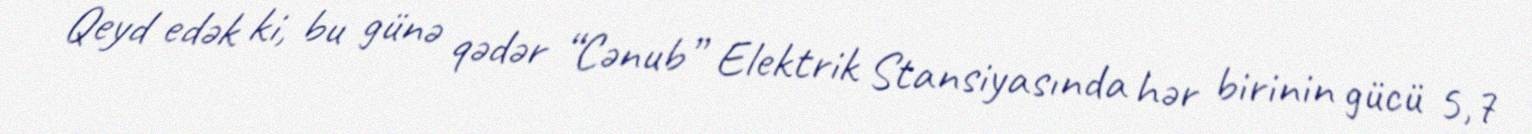
Qeyd edək ki, bu günə qədər “Cənub” Elektrik Stansiyasında hər birinin gücü 5,7